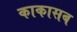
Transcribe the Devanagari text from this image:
काकासब